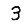
Digit: 3